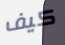
كيف